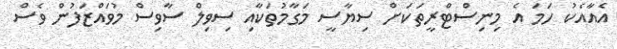
އެއާއެކު ހަމަ އެ މިނިސްޓްރީތަކަށް ސިޔާސީ މަގާމުތަކާއި ސިވިލް ސާވިސް މުވައްޒަފުން ވެސް